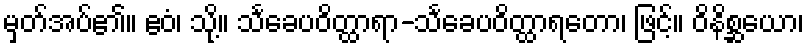
မှတ်အပ်၏။ ဧဝံ၊ သို့။ သင်္ခေပဝိတ္ထာရာ-သင်္ခေပဝိတ္ထာရတော၊ ဖြင့်။ ဝိနိစ္ဆယော၊